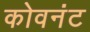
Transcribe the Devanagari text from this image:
कोवनंट